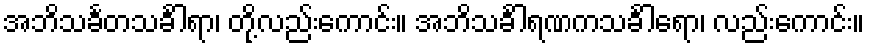
အဘိသင်္ခတသင်္ခါရာ၊ တို့လည်းကောင်း။ အဘိသင်္ခါရဏကသင်္ခါရော၊ လည်းကောင်း။